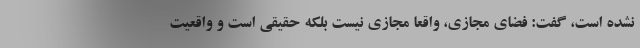
نشده است، گفت: فضای مجازی، واقعا مجازی نیست بلکه حقیقی است و واقعیت